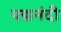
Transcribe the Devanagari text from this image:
पद्मनंदी